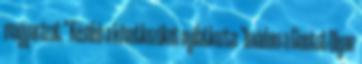
magyarázat." Később a következőket nyilatkozta: "Imádom a Giantst Olyan